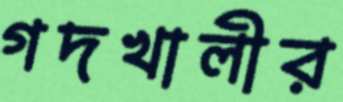
গদখালীর